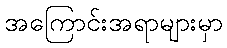
အကြောင်းအရာများမှာ